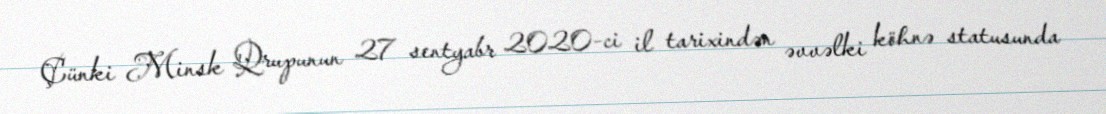
Çünki Minsk Qrupunun 27 sentyabr 2020-ci il tarixindən əvvəlki köhnə statusunda